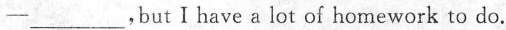
—___，butI have a lot of homework to do.